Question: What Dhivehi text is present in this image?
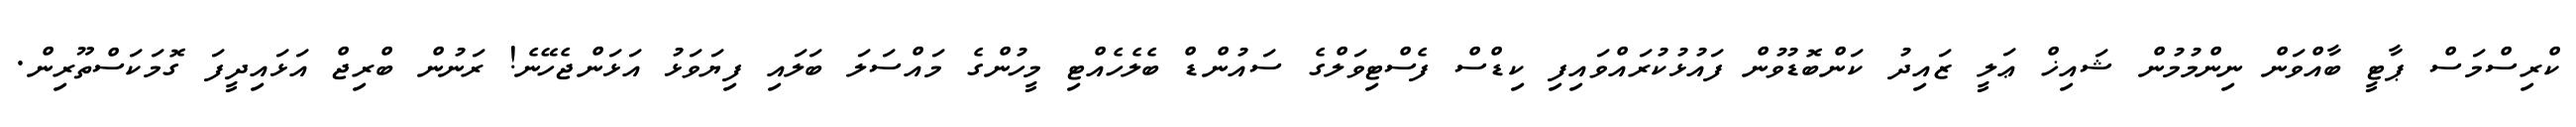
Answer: ކްރިސްމަސް ޕާޓީ ބާއްވަން ނިންމުމުން ޝައިޚް ޢަލީ ޒައިދު ކަންބޮޑުވުން ފައުޅުކުރައްވައިފި ކިޑްސް ފެސްޓިވަލްގެ ސައުންޑް ބެލެހެއްޓި މީހުންގެ މައްސަލަ ބަލައި ފިޔަވަޅު އަޅަންޖެހޭނެ! ރަނުން ބްރިޖް އަޅައިދީފަ ގޮމަކަސްތޫރިން.